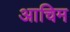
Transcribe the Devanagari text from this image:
आचिम